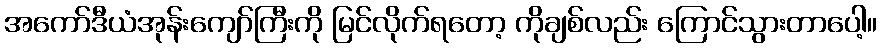
အကော်ဒီယံအုန်းကျော်ကြီးကို မြင်လိုက်ရတော့ ကိုချစ်လည်း ကြောင်သွားတာပေါ့။